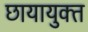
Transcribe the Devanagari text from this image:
छायायुक्‍त